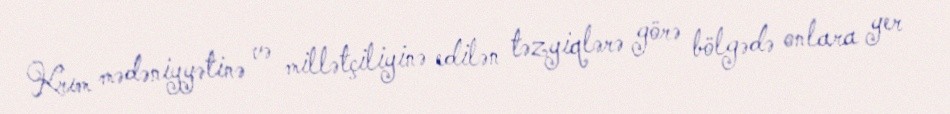
Krım mədəniyyətinə və millətçiliyinə edilən təzyiqlərə görə bölgədə onlara yer